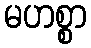
မဟစ္စာ